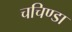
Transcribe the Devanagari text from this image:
चचिण्डा